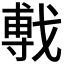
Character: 𫼁